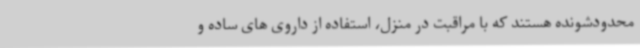
محدودشونده هستند که با مراقبت در منزل، استفاده از داروی های ساده و